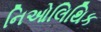
નિઓલિથિક